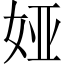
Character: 娅